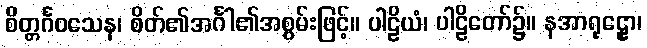
စိတ္တင်္ဂဝသေန၊ စိတ်၏အင်္ဂါ၏အစွမ်းဖြင့်။ ပါဠိယံ၊ ပါဠိတော်၌။ နအာရုဠှော၊